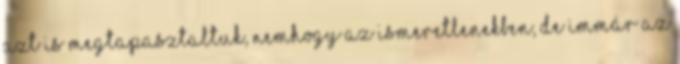
azt is megtapasztaltuk, nemhogy az ismeretlenekben, de immár az